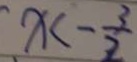
x < - \frac { 3 } { 2 }